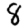
Digit: 8